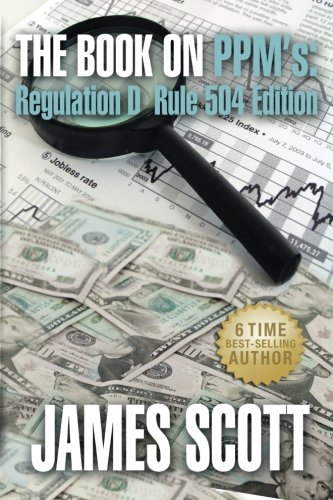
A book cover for The Book on PPMs: Regulation D Rule 504 Edition (New Renaissance Series on Corporate Strategies) (Volume 3); James Scott; Law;